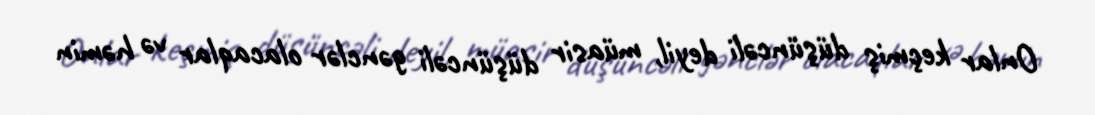
Onlar keçmiş düşüncəli deyil, müasir düşüncəli gənclər olacaqlar və həmin